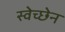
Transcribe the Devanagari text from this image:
स्वेच्छेन